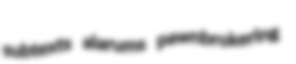
subtexts alarums pawnbrokering